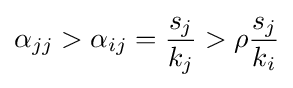
\alpha _{jj}>\alpha _{ij}={\frac {s_{j}}{k_{j}}}>\rho {\frac {s_{j}}{k_{i}}}